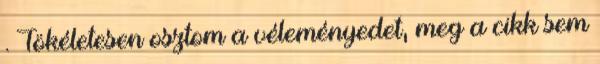
. Tökéletesen osztom a véleményedet, meg a cikk sem